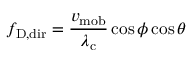
f _ { \mathrm { { D , d i r } } } = { \frac { v _ { \mathrm { { m o b } } } } { \lambda _ { \mathrm { { c } } } } } \cos \phi \cos \theta